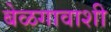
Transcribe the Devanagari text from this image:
बेळगावाशी